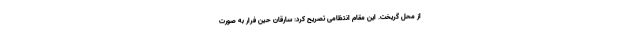
از محل گریخت. این مقام انتظامی تصریح کرد: سارقان حین فرار به صورت